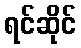
ရင်ဆိုင်